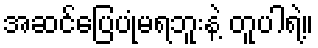
အဆင်ပြေပုံမရဘူးနဲ့ တူပါရဲ့။